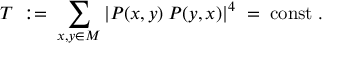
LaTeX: T \; : = \; \sum _ { x , y \in M } | P ( x , y ) \: P ( y , x ) | ^ { 4 } \; = \; { \mathrm { c o n s t } } \; .